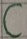
Text: C